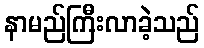
နာမည်ကြီးလာခဲ့သည်